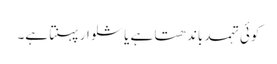
کوئی تہمد باندھتا ہے یا شلوار پہنتا ہے۔